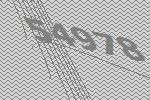
54978